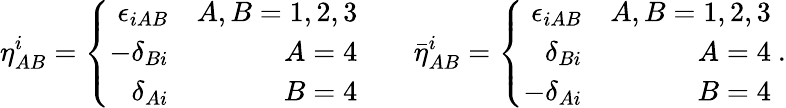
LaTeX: \eta_{AB}^{i}=\left\{ \begin{array}{rr}{{\epsilon_{iAB}}}&{{A,B=1,2,3}}\\ {{-\delta_{Bi}}}&{{A=4}}\\ {{\delta_{Ai}}}&{{B=4}}\end{array}\right.\qquad{\bar{\eta}}_{AB}^{i}=\left\{ \begin{array}{rr}{{\epsilon_{iAB}}}&{{A,B=1,2,3}}\\ {{\delta_{Bi}}}&{{A=4}}\\ {{-\delta_{Ai}}}&{{B=4}}\end{array}\right.\ .